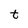
Character: t